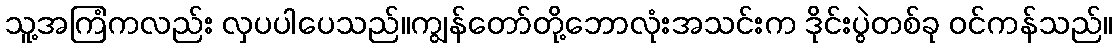
သူ့အကြံကလည်း လှပပါပေသည်။ကျွန်တော်တို့ဘောလုံးအသင်းက ဒိုင်းပွဲတစ်ခု ဝင်ကန်သည်။